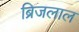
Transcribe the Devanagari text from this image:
ब्रिजलाल